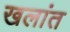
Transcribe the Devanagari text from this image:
खलांत